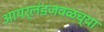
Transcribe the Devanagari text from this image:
आयर्लंडजवळच्या